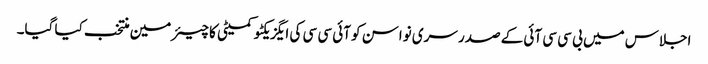
اجلاس میں بی سی سی آئی کے صدر سری نواسن کو آئی سی سی کی ایگزیکٹو کمیٹی کا چیئرمین منتخب کیا گیا۔